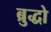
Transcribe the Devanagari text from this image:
ब्रुद्धो